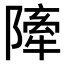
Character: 𨼀